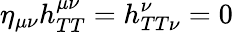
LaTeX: \eta_{\mu\nu}h_{TT}^{\mu\nu}=h_{TT\nu}^{\nu}=0